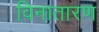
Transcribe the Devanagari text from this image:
विनातारण